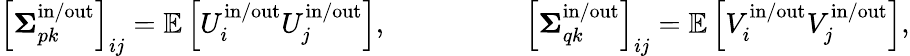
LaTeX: \begin{array}{rl}{\left[\boldsymbol{\Sigma}_{pk}^{\mathrm{in}/\mathrm{out}}\right]_{ij}=\mathbb{E}\left[U_{i}^{\mathrm{in}/\mathrm{out}}U_{j}^{\mathrm{in}/\mathrm{out}}\right],}&{\qquad\qquad\left[\boldsymbol{\Sigma}_{qk}^{\mathrm{in}/\mathrm{out}}\right]_{ij}=\mathbb{E}\left[V_{i}^{\mathrm{in}/\mathrm{out}}V_{j}^{\mathrm{in}/\mathrm{out}}\right],}\end{array}